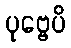
ပုဗ္ဗေပိ